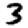
Digit: 3